Vaccination in the Punjab 1919-1929 - 1919-1929
Year: 1919
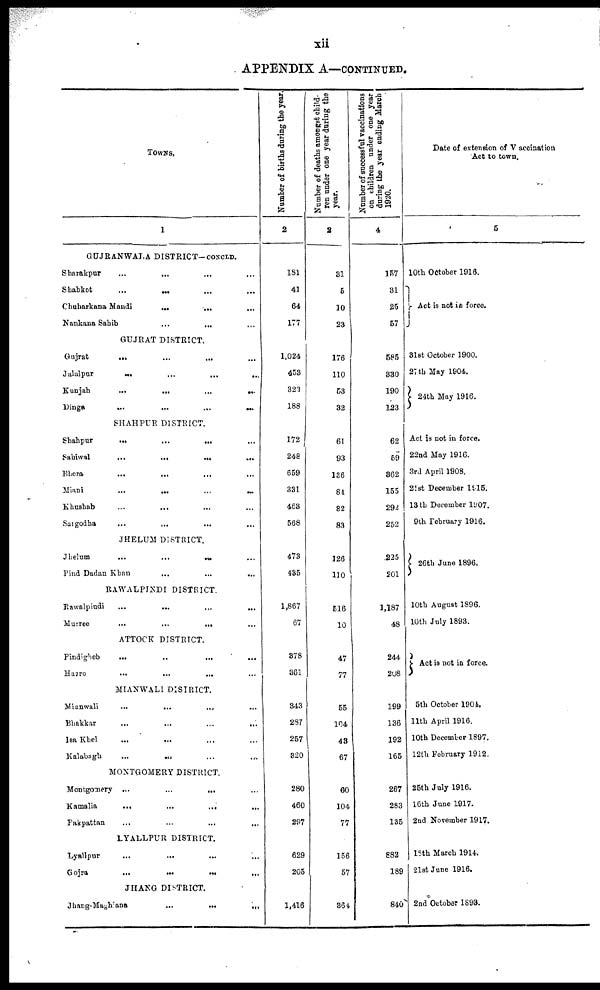
xii
APPENDIX A—CONTINUED.
TOWNS,
1
GUJRANWALA DISTRICT-CONCLD.
Sharakpur
...
... ... ...
Shahkot
...
... ... ...
Chuharkana Mandi
...
... ...
Nankana Sahib
...
... ...
GUJRAT DISTRICT.
Gujrat
...
...
... ...
Jalalpur
...
...
...
...
Kunjah
...
...
...
...
Dinga
...
...
...
...
SHAHPUR DISTRICT.
Shahpur
...
...
... ...
Sahiwal
...
...
... ...
Bhera ... ... ... ...
Miani
...
...
...
...
Khushab
...
... ... ...
Sargodha
...
...
... ...
JHELUM DISTRICT.
Jhelum
...
...
... ...
Pind Dadan Khan
...
...
...
RAWALPINDI DISTRICT.
Rawalpindi
...
...
...
...
Murree
...
...
... ...
ATTOCK DISTRICT.
Pindigheb
...
...
...
...
Hazro
...
...
... ...
MIANWALI DISTRICT.
Mianwali
...
...
... ...
Bhakkar ... ... ... ...
Isa Khel ... ... ... ...
Kalabagh
...
... ......
MONTGOMERY DISTRICT.
Montgomery ...
...
... ...
Kamalia
...
...
...
...
Pakpattan ... ... ... ...
LYALLPUR DISTRICT.
Lyallpur ... ... ... ...
Gojra
...
...
...
...
JHANG DISTRICT.
Jhang-Maghlana
...
...
...
Number of births during the year.
2
181
41
64
177
1,024
453
323
188
172
248
659
331
463
568
473
435
1,867
67
878
361
343
287
257
320
280
460
297
629
205
1,416
Number of deaths amongst child-
ren under one year during the
year.
3
81
5
10
23
176
110
53
32
61
93
136
84
82
83
126
110
516
10
47
77
55
104
43
67
60
104
77
156
57
364
Number of successful vaccinations
on children under one year
during the year ending March
1920.
4
157
31
25
57
585
330
190
123
62
59
362
155
292
252
225
201
1,187
48
244
208
199
136
192
165
267
283
135
882
189
840
Date of extension of Vaccination
Act to town.
5
10th October 1916.
Act is not in force.
31st October 1900.
27th May 1904.
24th May 1916.
Act is not in force.
22nd May 1916.
3rd April 1908.
21st December 1915.
13th December 1907.
9th February 1916.
26th June 1896.
10th August 1896.
10th July 1893.
Act is not in force.
5th October 1904.
11th April 1916.
10th December 1897.
12th February 1912.
25th July 1916.
16th June 1917.
2nd November 1917.
18th March 1914.
21st June 1916.
2nd October 1893.